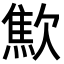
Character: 𣤚